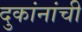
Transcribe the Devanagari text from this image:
दुकांनांची